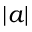
| a |